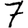
Digit: 7